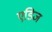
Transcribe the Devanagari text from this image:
एडिज